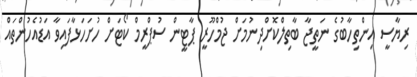
ރިޔާސީ އިންތިހާބުގެ ނަތީޖާ ބާތިލްކޮށްދިނުމަށް ޖުމްހޫރީ ޕާޓީން ސުޕްރީމް ކޯޓަށް ހުށަހަޅާފައިވާ އަޑުއެހުންތައް